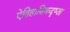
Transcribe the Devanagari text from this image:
ऐतिहासिकदृष्ट्य